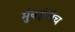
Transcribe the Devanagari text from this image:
मुंबईचीच